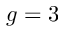
g = 3